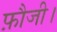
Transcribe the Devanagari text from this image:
फ़ौजी।